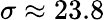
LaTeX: \sigma\approx 23.8\